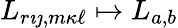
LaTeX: L_{r{\imath\jmath},m{\kappa\ell}}\mapsto L_{a,b}